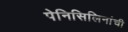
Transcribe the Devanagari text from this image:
पेनिसिलिनांची